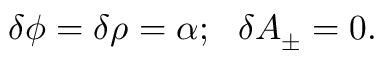
\delta \phi = \delta \rho = \alpha ; ~ ~ \delta A _ { \pm } = 0 .